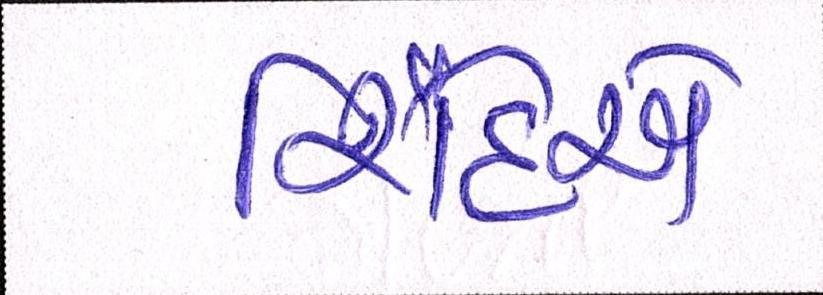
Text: શિંદેએ